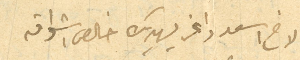
الاخ اسعد داغر يهديك خالص اشواقه